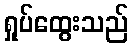
ရှုပ်ထွေးသည်